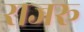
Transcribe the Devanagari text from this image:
राजरू